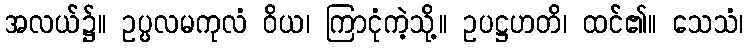
အလယ်၌။ ဥပ္ပလမကုလံ ဝိယ၊ ကြာငုံကဲ့သို့။ ဥပဋ္ဌဟတိ၊ ထင်၏။ သေသံ၊